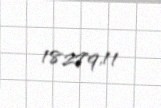
18279,11